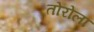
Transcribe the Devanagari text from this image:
तोरोला